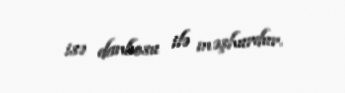
isə danbosu ilə məşhurdur.